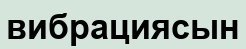
вибрациясын